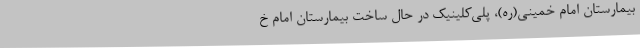
بیمارستان امام خمینی(ره)، پلی‌کلینیک در حال ساخت بیمارستان امام خ